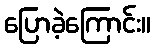
ပြောခဲ့ကြောင်း။